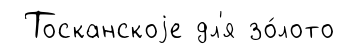
Тосканскоjе дл'я зо́лото